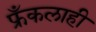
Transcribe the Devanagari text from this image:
फ्रँकलाही